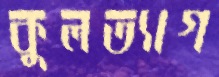
কুলত্যাগ